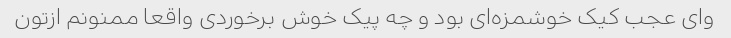
وای عجب کیک خوشمزه‌ای بود و چه پیک خوش برخوردی واقعا ممنونم ازتون